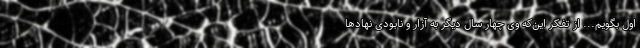
اول بگویم... از تفکر این‌که وی چهار سال دیگر به آزار و نابودی نهادها